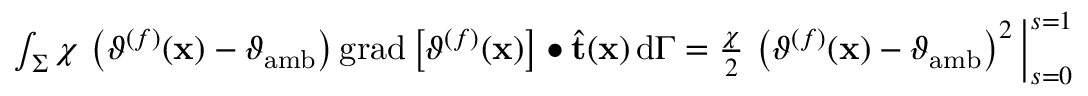
\begin{array} { r } { \int _ { \Sigma } \chi \, \left( \vartheta ^ { ( f ) } ( \mathbf { x } ) - \vartheta _ { \mathrm { a m b } } \right) \mathrm { g r a d } \left[ \vartheta ^ { ( f ) } ( \mathbf { x } ) \right] \bullet \widehat { \mathbf { t } } ( \mathbf { x } ) \, \mathrm { d } \Gamma = \frac { \chi } { 2 } \, \left( \vartheta ^ { ( f ) } ( \mathbf { x } ) - \vartheta _ { \mathrm { a m b } } \right) ^ { 2 } \Big | _ { s = 0 } ^ { s = 1 } } \end{array}